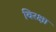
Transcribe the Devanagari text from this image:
विरक्षा